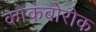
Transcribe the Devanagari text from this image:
कोकबोरोक